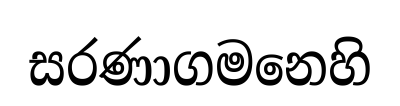
සරණාගමනෙහි